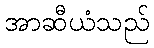
အာဆီယံသည်